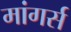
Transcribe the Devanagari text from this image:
मांगर्स